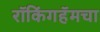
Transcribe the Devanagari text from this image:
रॉकिंगहॅमचा